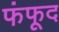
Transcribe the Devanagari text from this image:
फंफूद